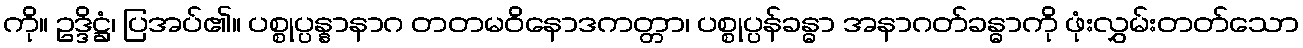
ကို။ ဥဒ္ဒိဋ္ဌံ၊ ပြအပ်၏။ ပစ္စုပ္ပန္နာနာဂ တတမဝိနောဒကတ္တာ၊ ပစ္စုပ္ပန်ခန္ဓာ အနာဂတ်ခန္ဓာကို ဖုံးလွှမ်းတတ်သော